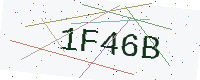
Text: 1F46B